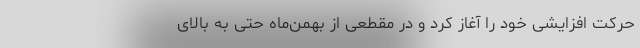
حرکت افزایشی خود را آغاز کرد و در مقطعی از بهمن‌ماه‌ حتی به بالای